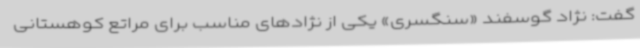
گفت: نژاد گوسفند «سنگسری» یکی از نژادهای مناسب برای مراتع کوهستانی